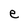
Character: e